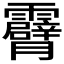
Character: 𮦾